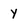
Character: y